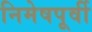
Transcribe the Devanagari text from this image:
निमेषपूर्वी